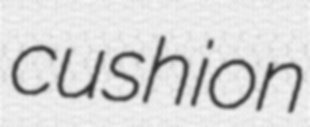
cushion